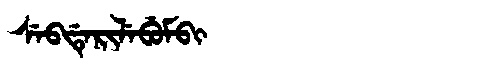
Manchu: ᠰᡝᠪᡩᡝᡵᡳᠯᡝᠪᡠᠮᠪᡳ
Romanization: SEBDERILEBUMBI